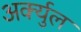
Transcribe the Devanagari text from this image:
अर्क्युल